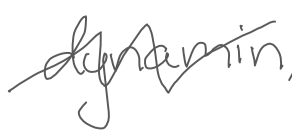
Text: dynamin,
Cross-out: zig-zag
Writing tool: digital_gray